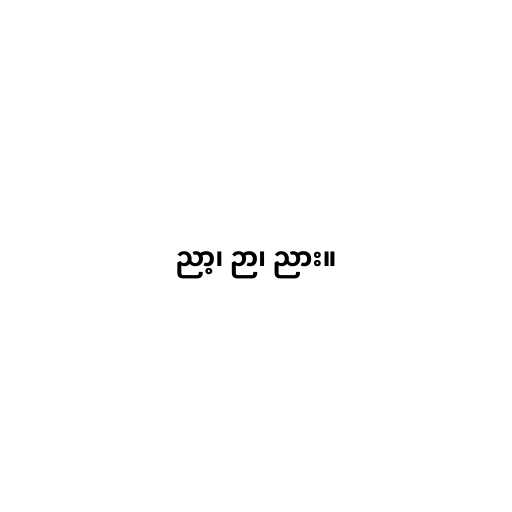
ညာ့၊ ဉာ၊ ညား။